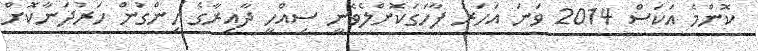
ކޮންމެ އަކަސް 2014 ވަނަ އަހަރު ފާހަގަކޮށްލެވެނީ ސިއްހީ ދާއިރާގެ ހިންގުން ހަރުދަނާކޮށް